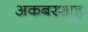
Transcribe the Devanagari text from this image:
अकबरशाह